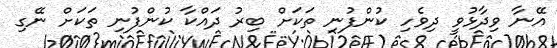
އޭނާ ވިދާޅުވީ ދިވެހި ކުންފުނި ތަކަށް ބިރު ދައްކާ ކުންފުނި ތަކަށް ނޭގި